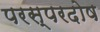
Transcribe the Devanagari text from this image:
परस्परदोष